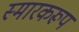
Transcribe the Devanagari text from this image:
स्मारकरूप